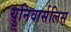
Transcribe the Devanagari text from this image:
युनिवार्सलिस